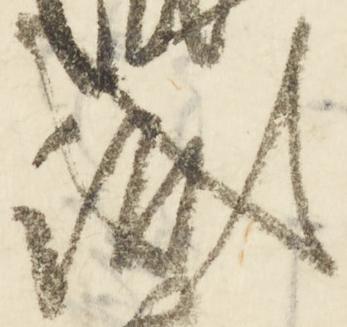
成